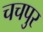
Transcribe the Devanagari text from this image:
चचपुर